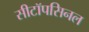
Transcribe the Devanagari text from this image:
सीटॉपसिनल